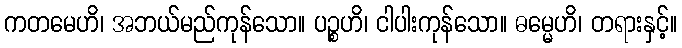
ကတမေဟိ၊ အဘယ်မည်ကုန်သော။ ပဉ္စဟိ၊ ငါပါးကုန်သော။ ဓမ္မေဟိ၊ တရားနှင့်။